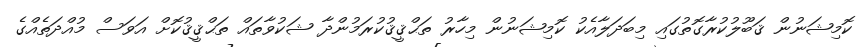
ކޮމިޝަނުން ޤަބޫލުކުރާގޮތުގައި މިބަދަލާއެކު ކޮމިޝަނުން މިހާރު ތަޙްޤީޤުކުރަމުންދާ ޝަކުވާތައް ތަޙްޤީޤުކޮށް އަވަސް މުއްދަތެެއްގެ